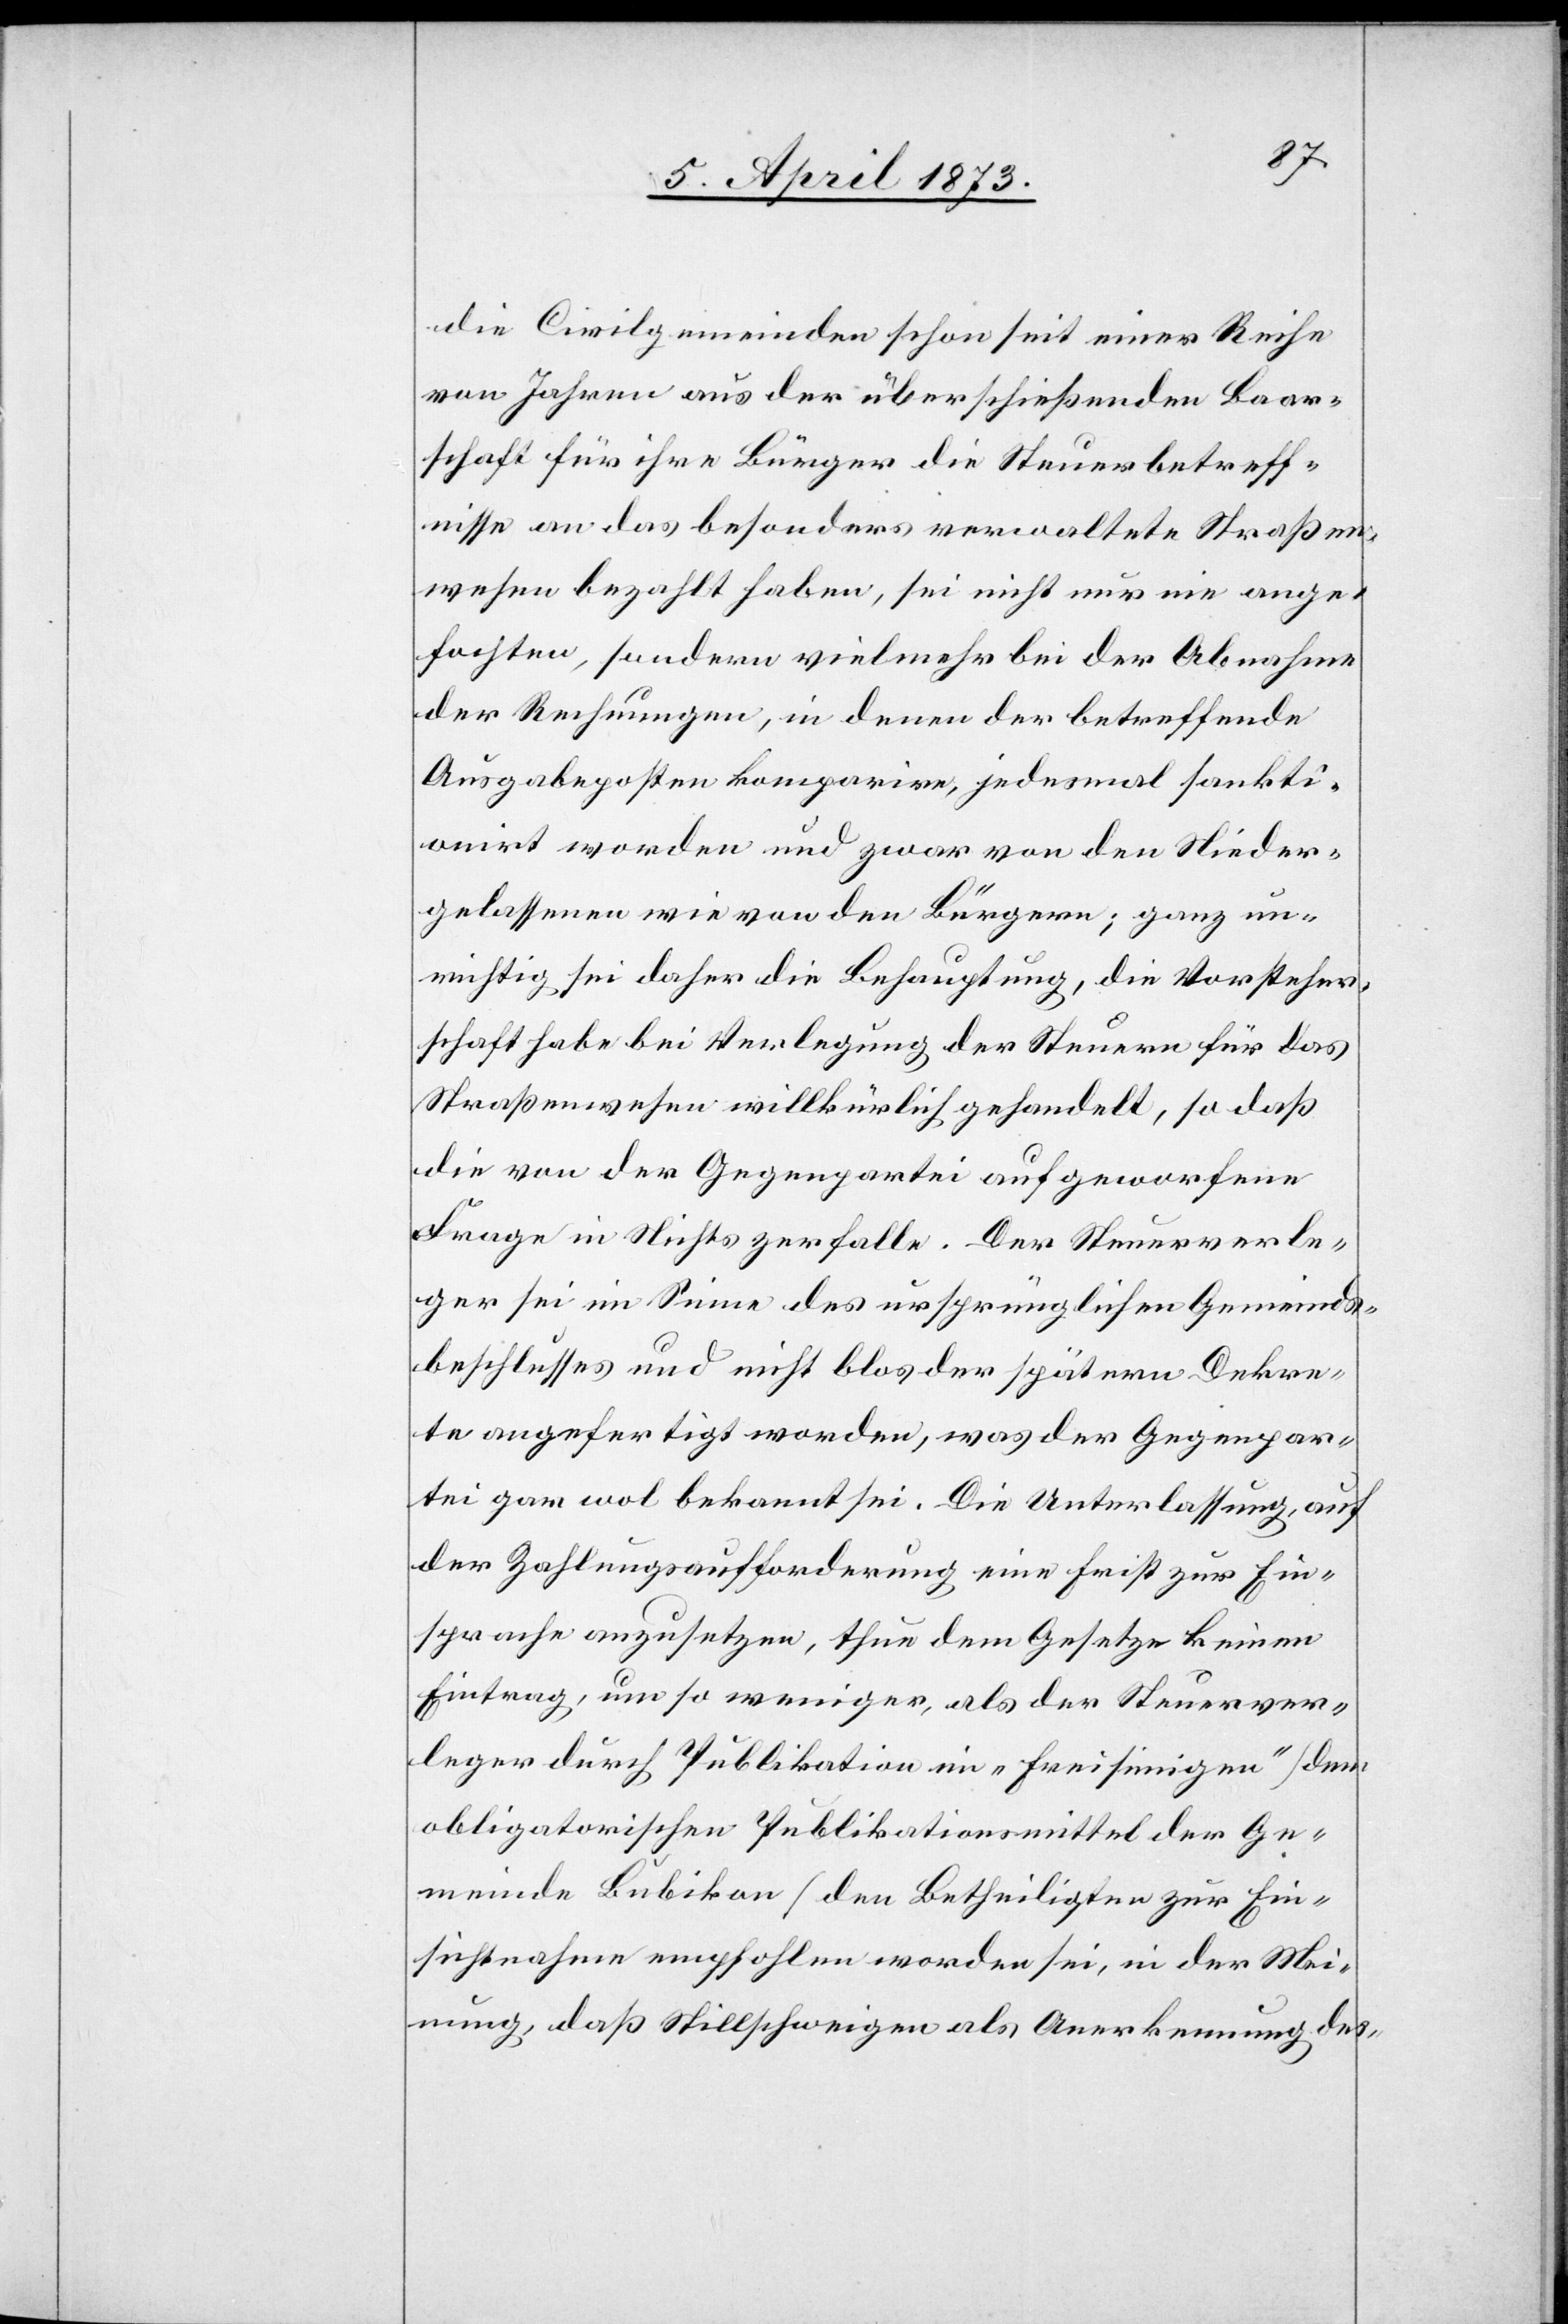
die Civilgemeinden schon seit einer Reihe
von Jahren aus der überschießenden Baar¬
schaft für ihre Bürger die Steuerbetreff¬
nisse an das besonders verwaltete Straßen¬
wesen bezahlt haben, sei nicht nur nie ange¬
fochten, sondern vielmehr bei der Abnahme
der Rechnungen, in denen der betreffende
Ausgabeposten komparire, jedesmal sankti¬
onirt worden und zwar von den Nieder¬
gelassenen wie von den Bürgern; ganz un¬
richtig sei daher die Behauptung, die Vorsteher¬
schaft habe bei Verlegung der Steuern für das
Straßenwesen willkürlich gehandelt, so daß
die von der Gegenpartei aufgeworfene
Frage in Nichts zerfalle. Der Steuerverle¬
ger sei im Sinne des ursprünglichen Gemeinds¬
beschlusses und nicht blos der spätern Dekre¬
te angefertigt worden, was der Gegenpar¬
tei gar wol bekannt sei. Die Unterlassung, auf
der Zahlungsaufforderung eine Frist zur Ein¬
sprache anzusetzen, thue dem Gesetze keinen
Eintrag, umso weniger, als der Steuerver¬
leger durch Publikation im „Freisinnigen“ [dem
obligatorischen Publikationsmittel der Ge¬
meinde Bubikon] den Betheiligten zur Ein¬
sichtnahme empfohlen worden sei, in der Mei¬
nung, daß Stillschweigen als Anerkennung des-